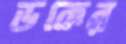
ডকের